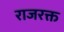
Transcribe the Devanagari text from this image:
राजरक्त